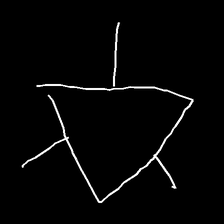
Glyph: fire